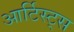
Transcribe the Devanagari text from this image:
आर्टिस्ट्‍स